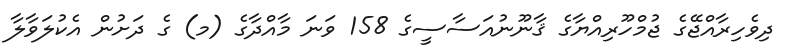
ދިވެހިރާއްޖޭގެ ޖުމްހޫރިއްޔާގެ ޤާނޫނުއަސާސީގެ 158 ވަނަ މާއްދާގެ (މ) ގެ ދަށުން އެކުލަވާލާ